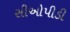
સીઓપીડી